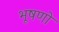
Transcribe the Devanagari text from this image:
भूषणो